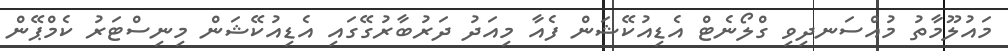
މައުލޫމާތު މުއްސަނދިވި ގްލޯނެޓް އެޑިއުކޭޝަން ފެއާ މިއަދު ދަރުބާރުގޭގައި އެޑިއުކޭޝަން މިނިސްޓަރު ކެމްޕޭން